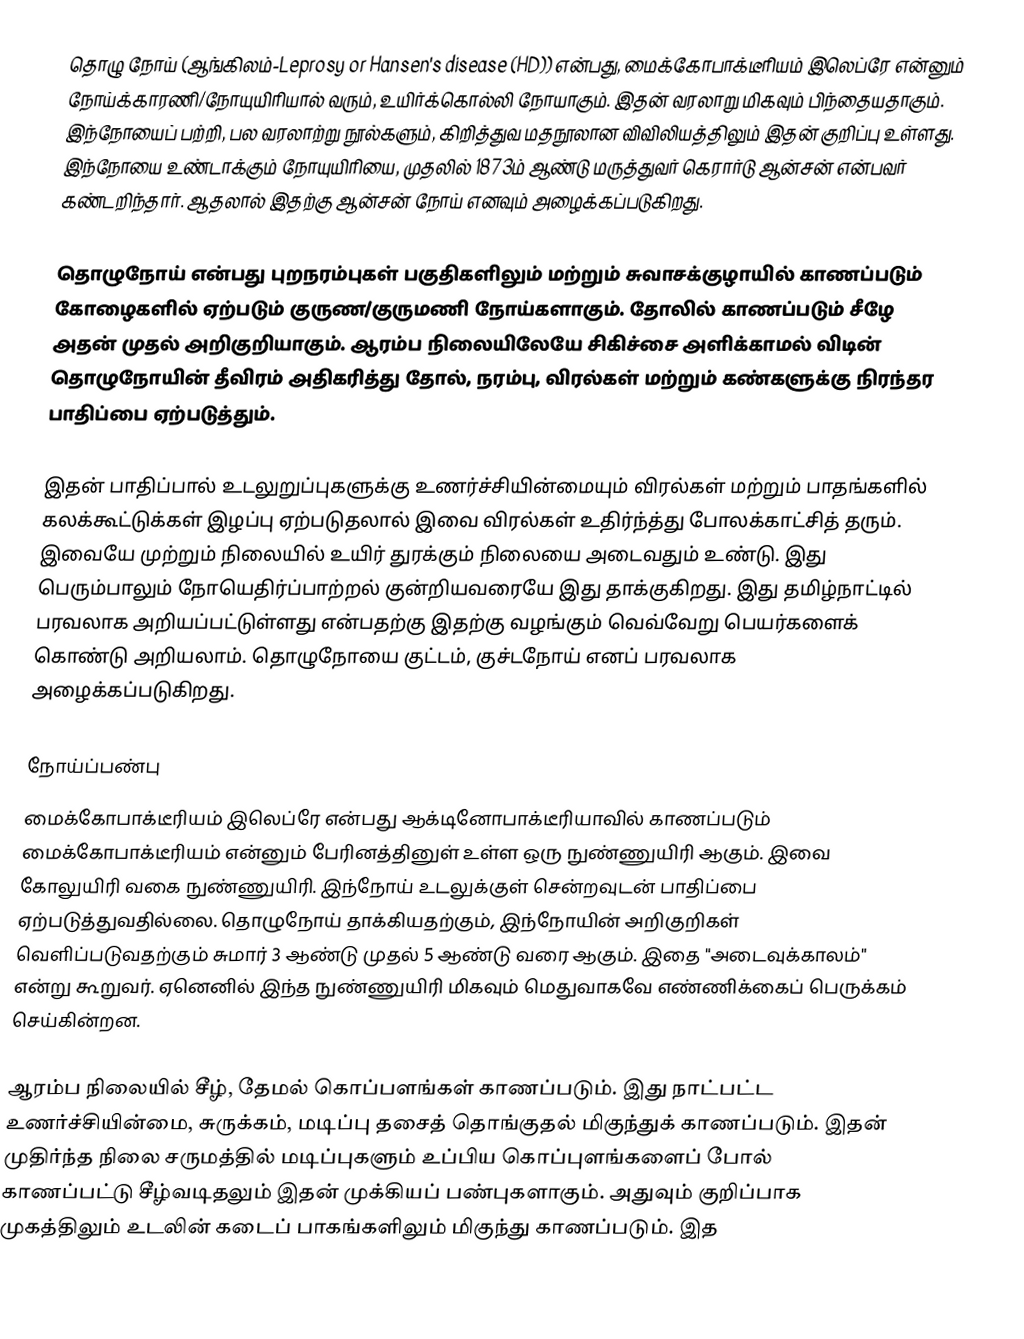
தொழு நோய் (ஆங்கிலம்-Leprosy or Hansen's disease (HD)) என்பது, மைக்கோபாக்டீரியம் இலெப்ரே என்னும் நோய்க்காரணி/நோயுயிரியால் வரும், உயிர்க்கொல்லி நோயாகும். இதன் வரலாறு மிகவும் பிந்தையதாகும். இந்நோயைப் பற்றி, பல வரலாற்று நூல்களும், கிறித்துவ மதநூலான விவிலியத்திலும் இதன் குறிப்பு உள்ளது. இந்நோயை உண்டாக்கும் நோயுயிரியை, முதலில் 1873ம் ஆண்டு மருத்துவர் கெரார்டு ஆன்சன் என்பவர் கண்டறிந்தார். ஆதலால் இதற்கு ஆன்சன் நோய் எனவும் அழைக்கப்படுகிறது.

தொழுநோய் என்பது புறநரம்புகள் பகுதிகளிலும் மற்றும் சுவாசக்குழாயில் காணப்படும் கோழைகளில் ஏற்படும் குருண/குருமணி நோய்களாகும். தோலில் காணப்படும் சீழே அதன் முதல் அறிகுறியாகும். ஆரம்ப நிலையிலேயே சிகிச்சை அளிக்காமல் விடின் தொழுநோயின் தீவிரம் அதிகரித்து தோல், நரம்பு, விரல்கள் மற்றும் கண்களுக்கு நிரந்தர பாதிப்பை ஏற்படுத்தும்.

இதன் பாதிப்பால் உடலுறுப்புகளுக்கு உணர்ச்சியின்மையும் விரல்கள் மற்றும் பாதங்களில் கலக்கூட்டுக்கள் இழப்பு ஏற்படுதலால் இவை விரல்கள் உதிர்ந்த்து போலக்காட்சித் தரும். இவையே முற்றும் நிலையில் உயிர் துரக்கும் நிலையை அடைவதும் உண்டு. இது பெரும்பாலும் நோயெதிர்ப்பாற்றல் குன்றியவரையே இது தாக்குகிறது. இது தமிழ்நாட்டில் பரவலாக அறியப்பட்டுள்ளது என்பதற்கு இதற்கு வழங்கும் வெவ்வேறு பெயர்களைக் கொண்டு அறியலாம். தொழுநோயை குட்டம், குச்டநோய் எனப் பரவலாக அழைக்கப்படுகிறது.

நோய்ப்பண்பு
மைக்கோபாக்டீரியம் இலெப்ரே என்பது ஆக்டினோபாக்டீரியாவில் காணப்படும் மைக்கோபாக்டீரியம் என்னும் பேரினத்தினுள் உள்ள ஒரு நுண்ணுயிரி ஆகும். இவை கோலுயிரி வகை நுண்ணுயிரி. இந்நோய் உடலுக்குள் சென்றவுடன் பாதிப்பை ஏற்படுத்துவதில்லை. தொழுநோய் தாக்கியதற்கும், இந்நோயின் அறிகுறிகள் வெளிப்படுவதற்கும் சுமார் 3 ஆண்டு முதல் 5 ஆண்டு வரை ஆகும். இதை "அடைவுக்காலம்" என்று கூறுவர். ஏனெனில் இந்த நுண்ணுயிரி மிகவும் மெதுவாகவே எண்ணிக்கைப் பெருக்கம் செய்கின்றன.

ஆரம்ப நிலையில் சீழ், தேமல் கொப்பளங்கள் காணப்படும். இது நாட்பட்ட உணர்ச்சியின்மை, சுருக்கம், மடிப்பு தசைத் தொங்குதல் மிகுந்துக் காணப்படும். இதன் முதிர்ந்த நிலை சருமத்தில் மடிப்புகளும் உப்பிய கொப்புளங்களைப் போல் காணப்பட்டு சீழ்வடிதலும் இதன் முக்கியப் பண்புகளாகும். அதுவும் குறிப்பாக முகத்திலும் உடலின் கடைப் பாகங்களிலும் மிகுந்து காணப்படும். இத